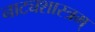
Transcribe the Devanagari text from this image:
नाट्यशास्त्रम्